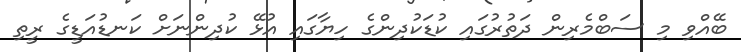
ބޭއްވި މި ސަބްމެރިން ދަތުރުގައި ކުޑަކުދިންގެ ހިޔާގައި އުޅޭ ކުދިންނަށް ކަނޑުއަޑީގެ ރީތި